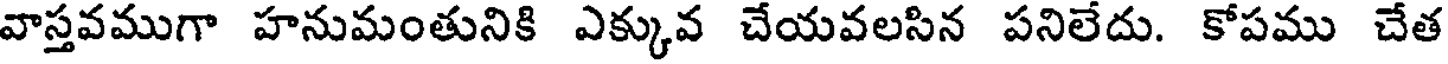
వాస్తవముగా హనుమంతునికి ఎక్కువ చేయవలసిన పనిలేదు. కోపము చేత